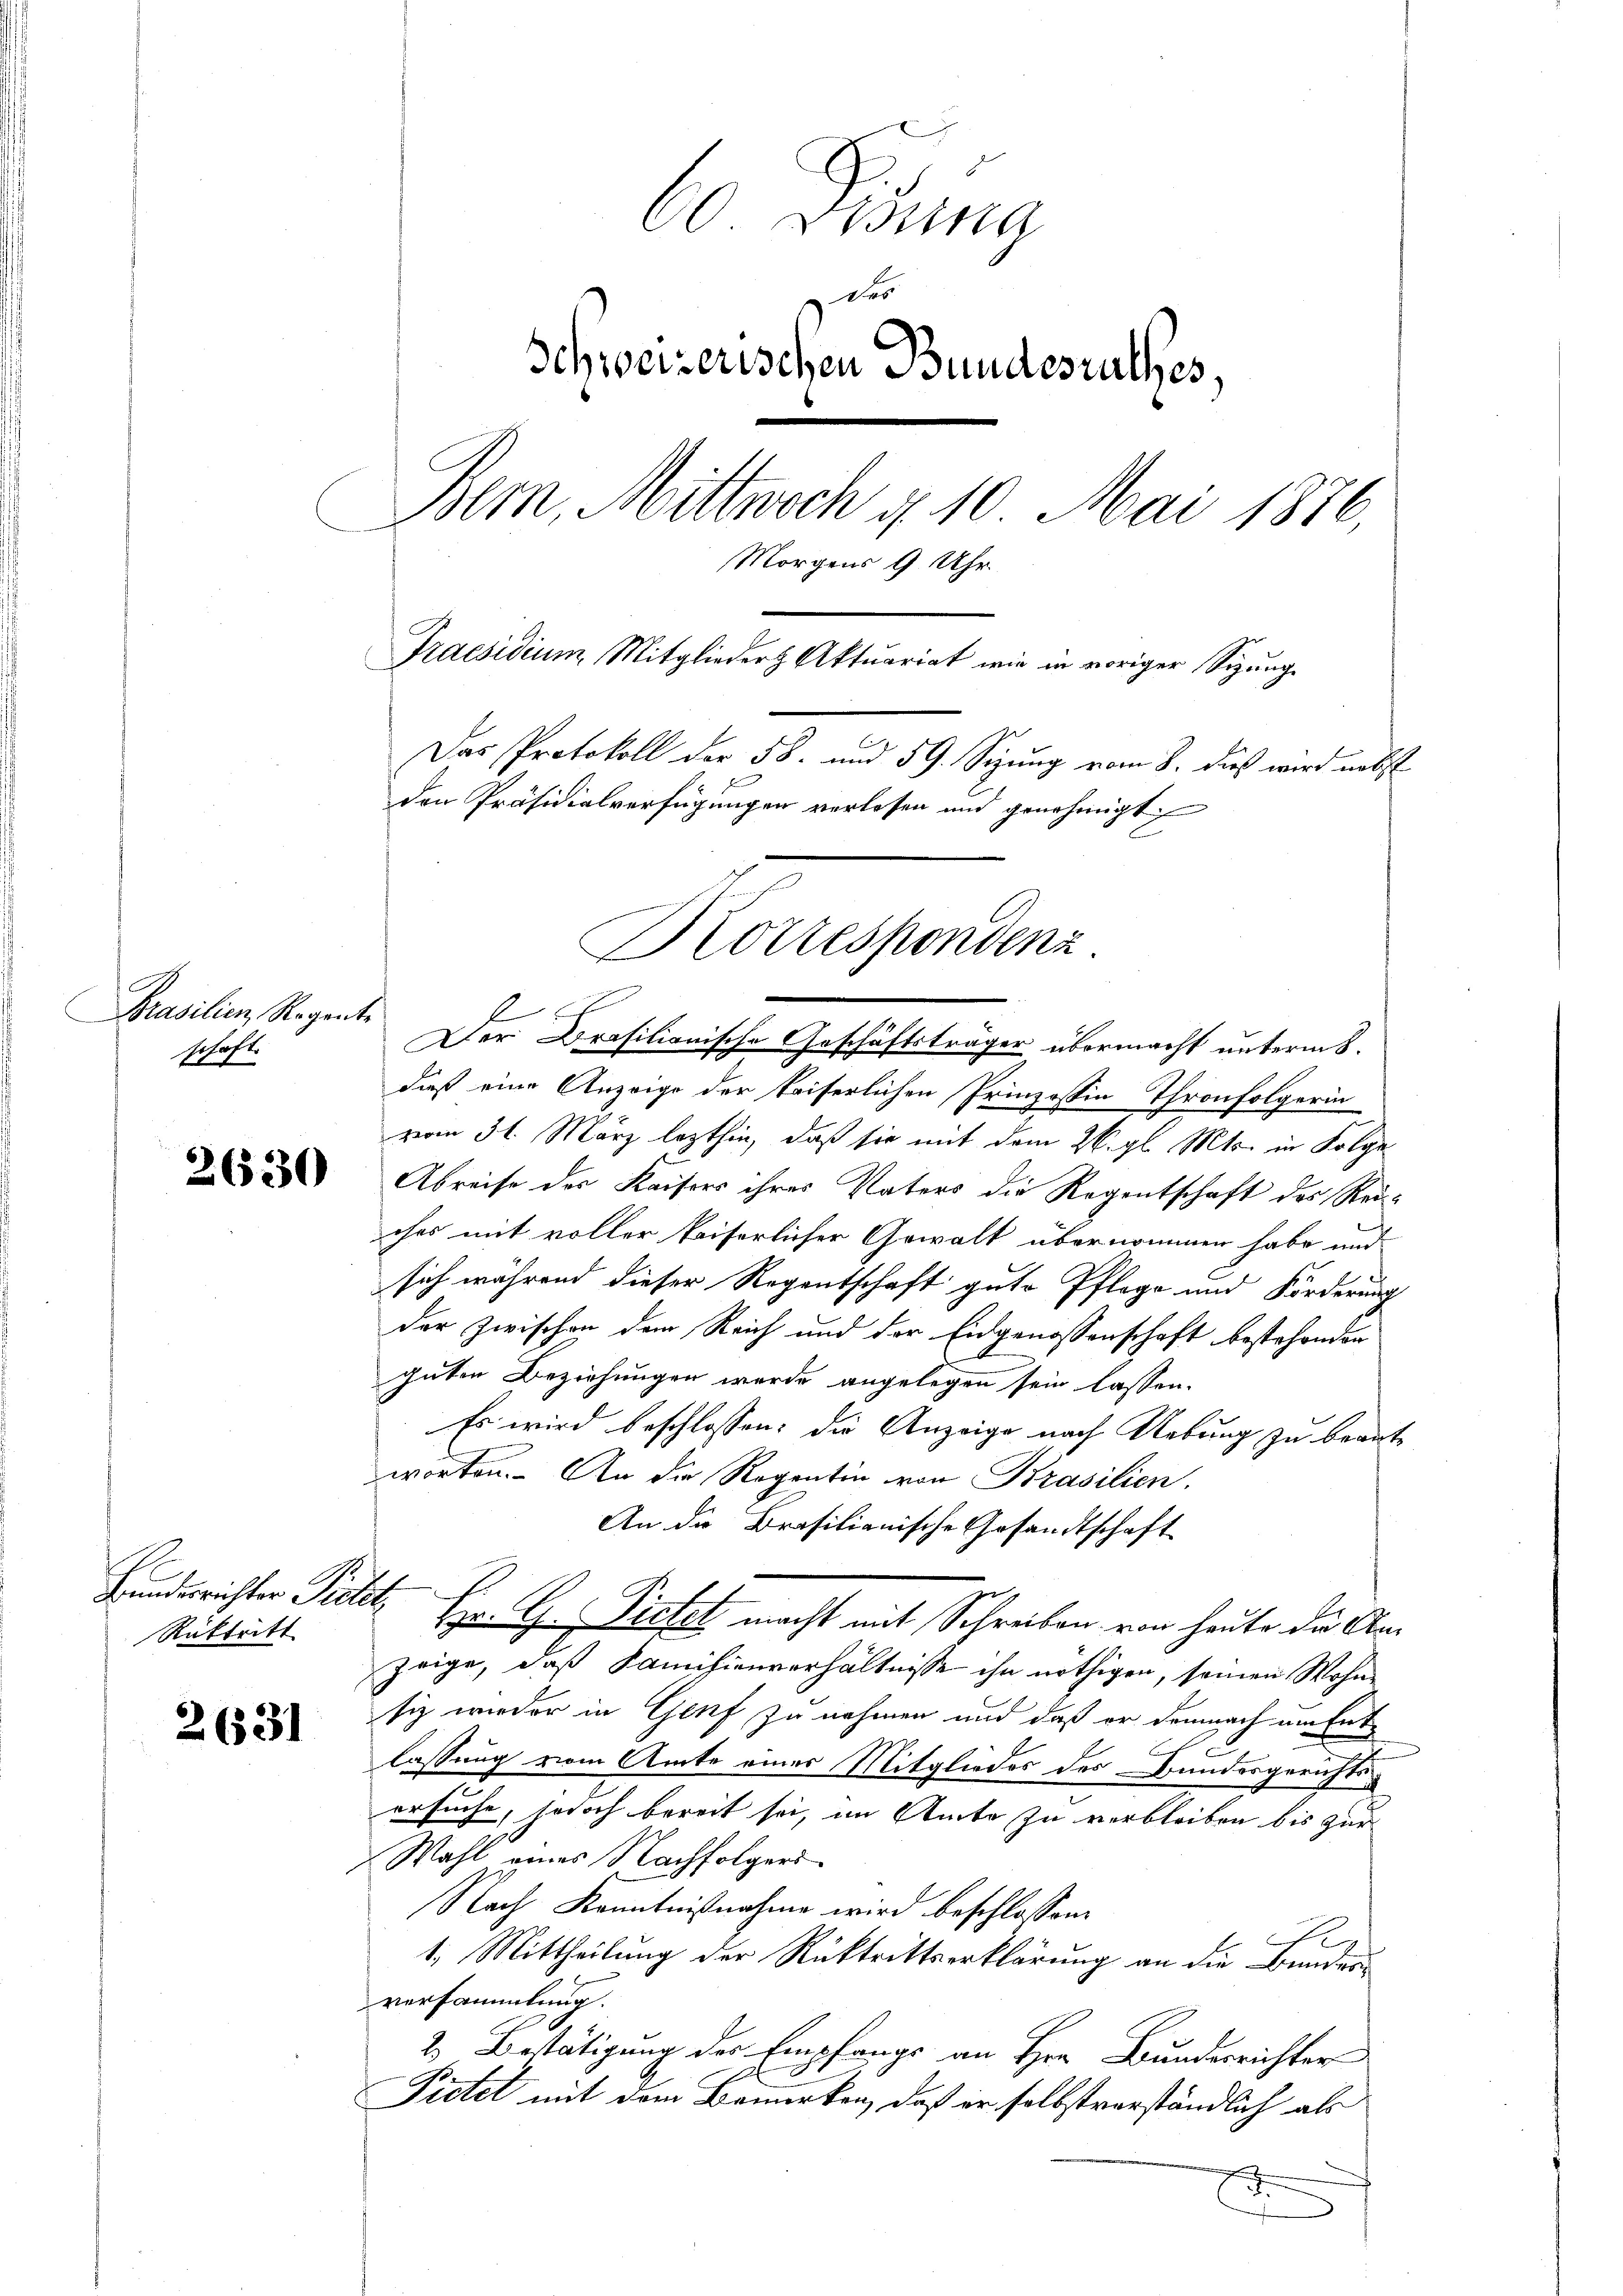
Prasilien, Regens.
schaft.

2630

Bundesrichter Pietar
Rücktritt

2631

60 desna
Des
Schweizerischen Bundesrathes,
Bern, Mittwoch g 10. Mai 1876,
Morgens 9 Uhr
Praesidium Mitglieder Aktuariat wie in voriger Sizung.
Das Protokoll der 58. und 59. Sizung vom 8. dieß wird nebst
den Präsidialverfügungen verlesen und genehmigt
Korrespondenz

l
s
Der Krasilianische Geschäftsträger übermacht unterm 8.
daß eine Anzeige der kaiserlichen Prinzossin Thronfolgerin
vom 31. März lezthin, daß sie mit dem 26. gl. Mts. in Folge
Abreise der Kaisers ihres Vaters die Regentschaft des Rei-
ches mit voller kaiserlicher Gewalt übernommen habe und
sich während dieser Regentschaft gute Pflege und Förderung
der Zwischen dem Reich und der Eidgenossenschaft bestehenden
guten Beziehungen werde angelegen sein lassen.
Es wird beschlossen: die Anzeige nach Uebung zu beantworten. An die Regentin von Brasilien.
An die Brasilianische Gesandtschaft
Hr. G. Pietet macht mit Schreiben von heute die Anzeige, daß Kamisionverhältnisse ihn nöthigen, seinen Wohn-
siz wieder in Genf zu nehmen und daß er demnach am Entlassung vom Amte eines Mitgliedes des Bundesgerichtsersuche, jedoch bereit sei, im Amte zu verbleiben bis zur
Wahl eines Nachfolgeri
Nach Kenntnißnahme wird beschlossen:
Per
1. Mittheilung der Rücktrittserklärung an die Bundes
versammlung.
2. Bestätigung der Empfangs an Hrn. Bundesrichter
Pietet mit dem Bemerken, daß er selbstverständlich als